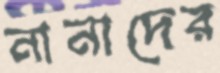
নানাদের